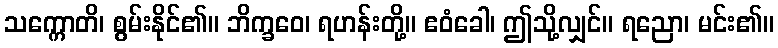
သက္ကောတိ၊ စွမ်းနိုင်၏။ ဘိက္ခဝေ၊ ရဟန်းတို့။ ဧဝံခေါ၊ ဤသို့လျှင်။ ရညော၊ မင်း၏။